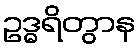
ဥဒ္ဓရိတွာန